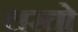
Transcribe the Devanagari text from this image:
लरतो